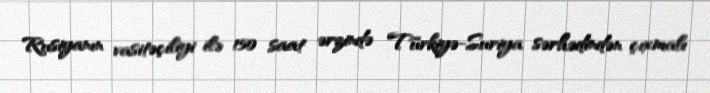
Rusiyanın vasitəçiliyi ilə 150 saat ərzində Türkiyə-Suriya sərhədindən çıxmalı